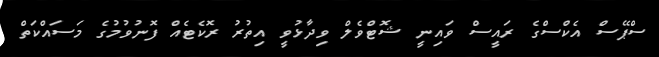
ސްޕޭސް އެކްސްގެ ރައީސް ވައިނީ ޝޮޓްވެލް ވިދާޅުވީ އިތުރު ރޮކެޓެއް ފޮނުވުުމުގެ މަަސައްކަތް